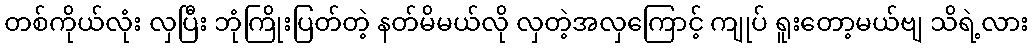
တစ်ကိုယ်လုံး လှပြီး ဘုံကြိုးပြတ်တဲ့ နတ်မိမယ်လို လှတဲ့အလှကြောင့် ကျုပ် ရူးတော့မယ်ဗျ သိရဲ့လား